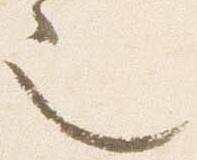
也